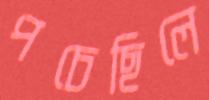
পচেছিলে